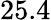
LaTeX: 25.4